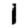
Digit: 1